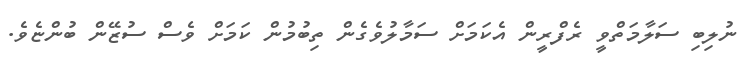
ނުލިބި ސަލާމަތްވީ ރެފްރީން އެކަމަށް ސަމާލުވެގެން ތިބުމުން ކަމަށް ވެސް ސުޒޭން ބުންޏެވެ.